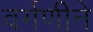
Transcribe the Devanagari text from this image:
वर्गणीने